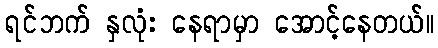
ရင်ဘက် နှလုံး နေရာမှာ အောင့်နေတယ်။